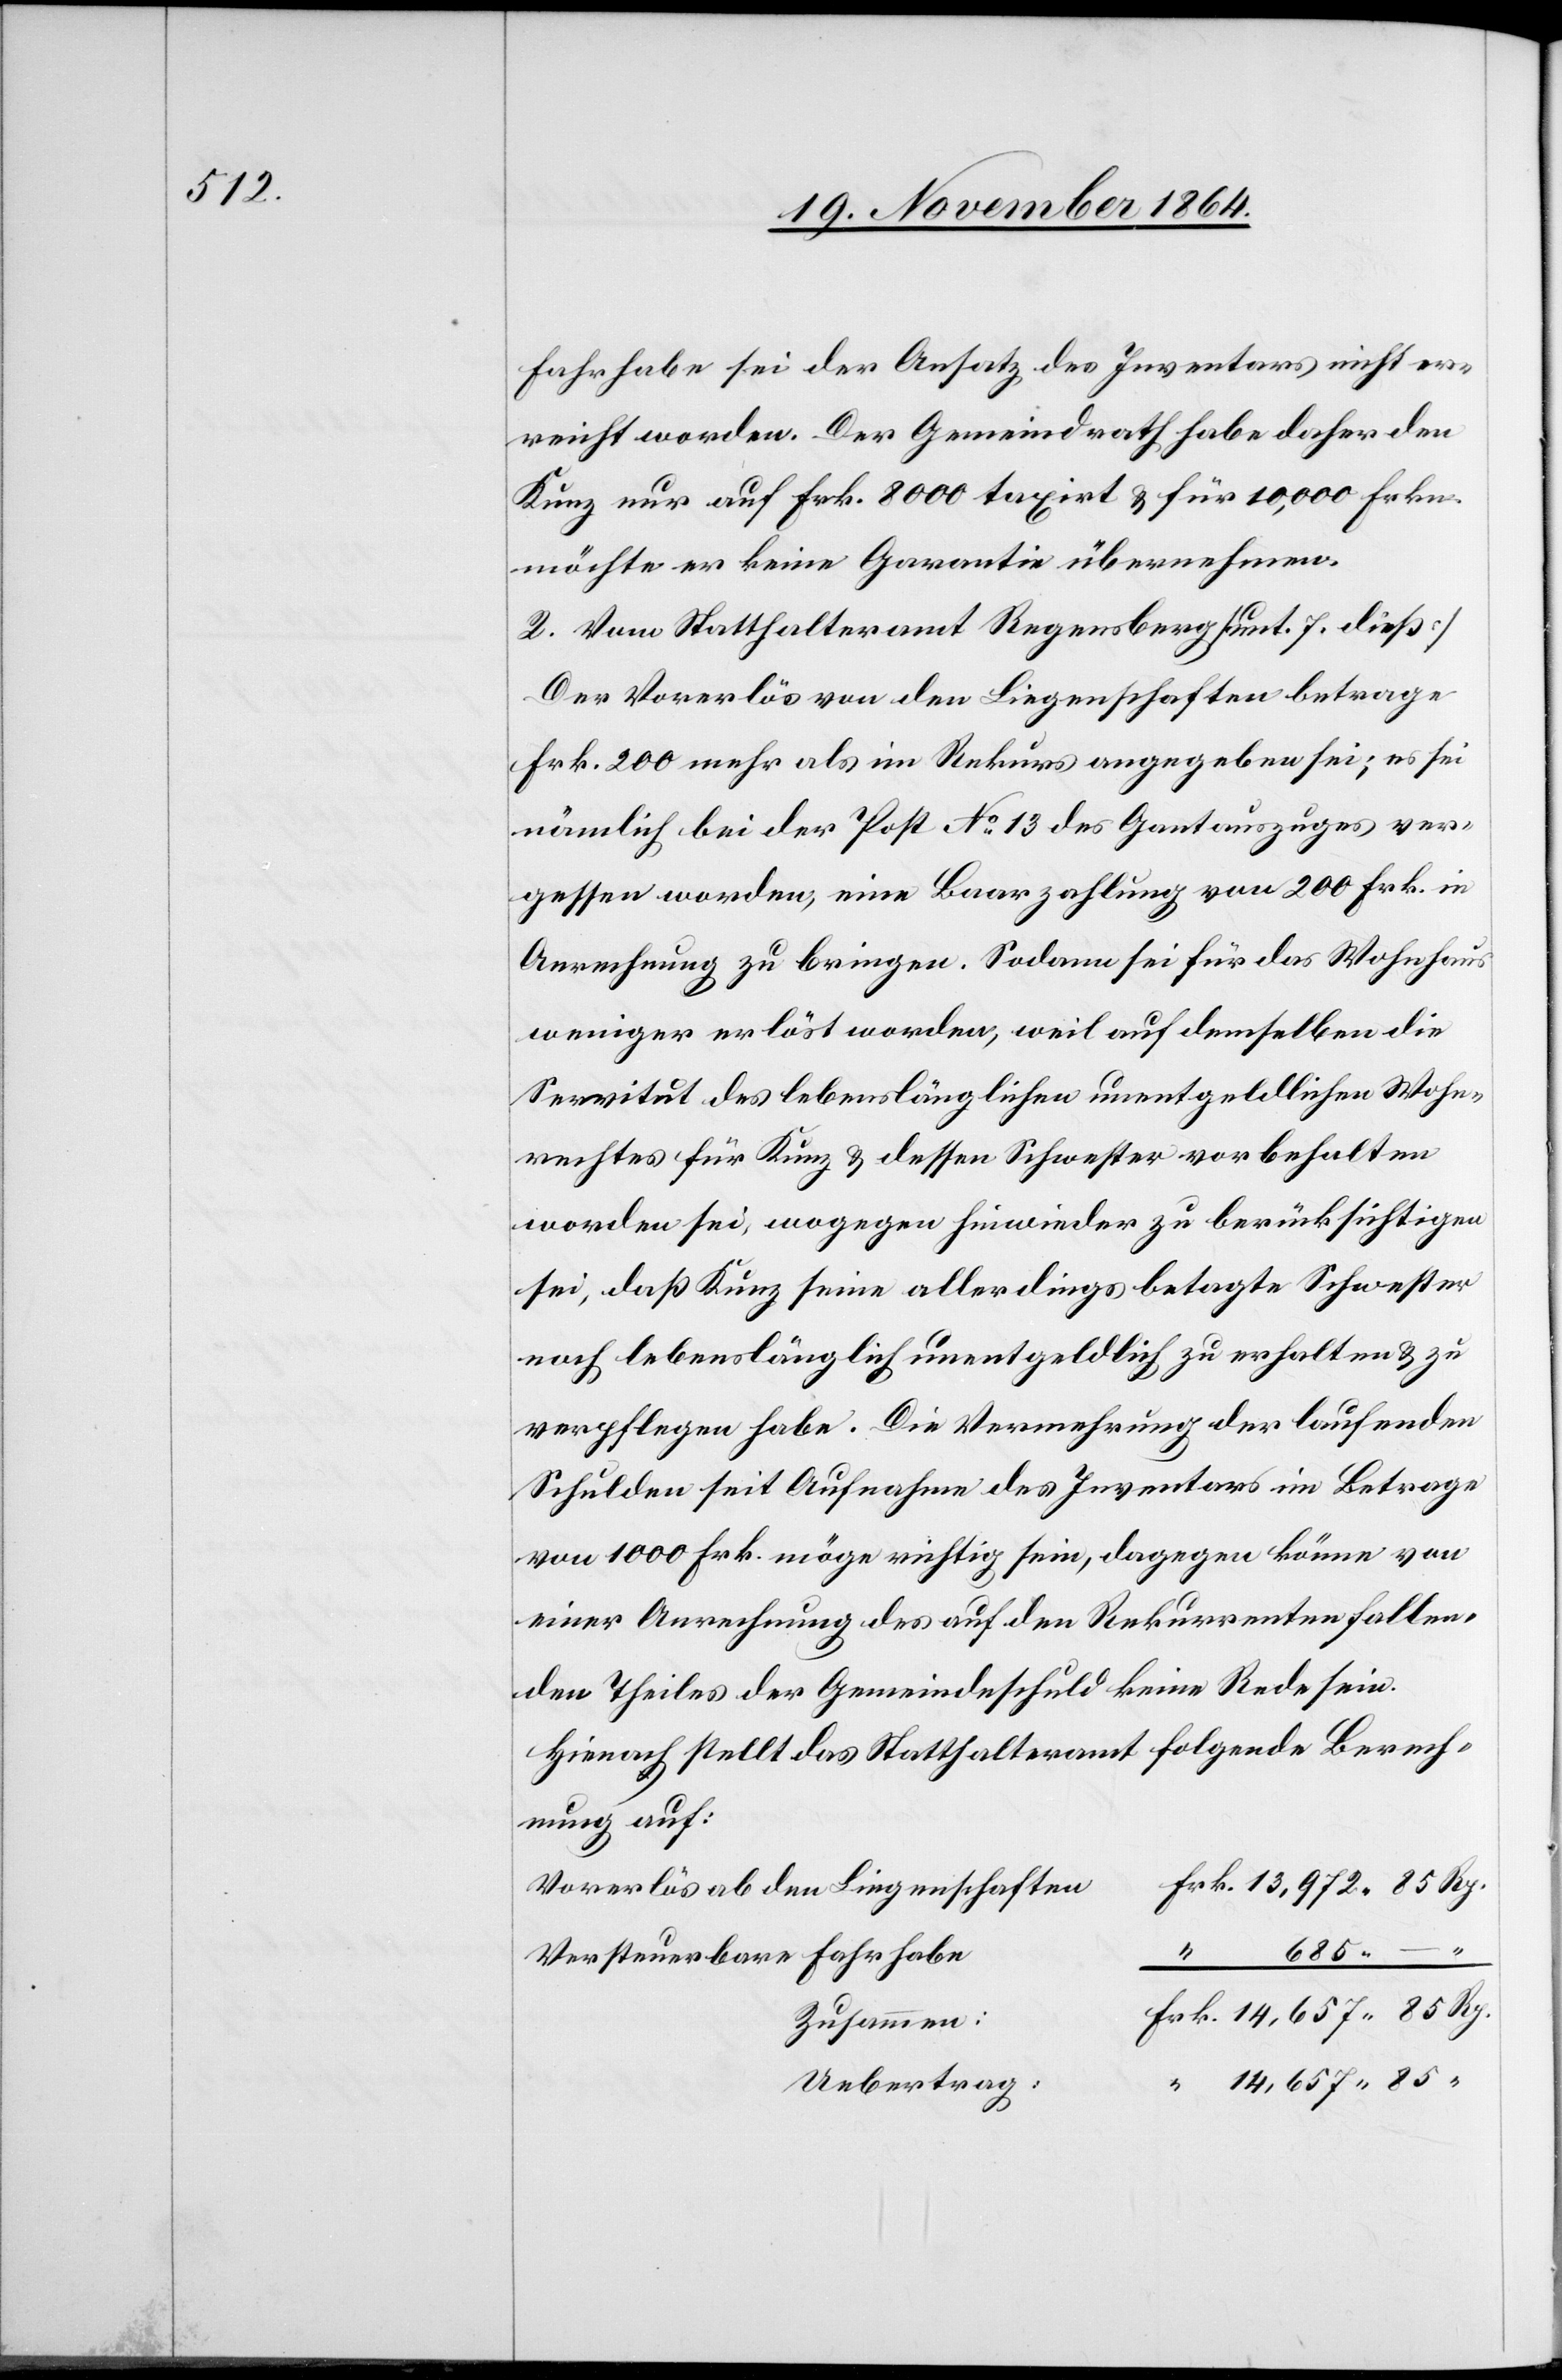
Fahrhabe sei der Ansatz des Inventars noch er¬
reicht worden. Der Gemeindrath habe daher den
Kunz nur auf Frk. 8000 taxirt & für 10,000 Frkn.
möchte er keine Garantie übernehmen.
2. Vom Statthalteramt Regensberg [unt. 7. dieß]
Der Vorerlös von den Liegenschaften betrage
Frk. 200 mehr als im Rekurs angegeben sei; es sei
nämlich bei der Post No 13 des Gantauszuges ver¬
gessen worden, eine Baarzahlung von 200 Frk. in
Anrechnung zu bringen. Sodann sei für das Wohnhaus
weniger erlöst worden, weil auf demselben die
Servitut des lebenslänglichen unentgeldlichen Wohn¬
rechtes für Kunz & dessen Schwester vorbehalten
worden sei, wogegen hinwieder zu berücksichtigen
sei, daß Kunz seine allerdings betagte Schwester
noch lebenslänglich unentgeldlich zu erhalten & zu
verpflegen habe. Die Vermehrung der laufenden
Schulden seit Aufnahme des Inventars im Betrage
von 1000 Frk. möge richtig sein, dagegen könne von
einer Anrechnung des auf den Rekurrenten fallen¬
den Theiles der Gemeindeschuld keine Rede sein.
Hienach stellt das Statthalteramt folgende Berech¬
nung auf:
Vorerlös ab den Liegenschaften
685. –
Versteuerbare Fahrhabe
“
Zusammen:
Uebertrag: